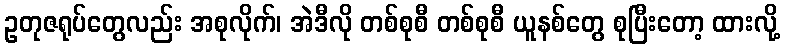
ဥတုဇရုပ်တွေလည်း အစုလိုက်၊ အဲဒီလို တစ်စုစီ တစ်စုစီ ယူနစ်တွေ စုပြီးတော့ ထားလို့